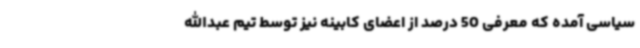
سیاسی آمده که معرفی 50 درصد از اعضای کابینه نیز توسط تیم عبدالله